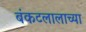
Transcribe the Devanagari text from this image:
बंकटलालाच्या